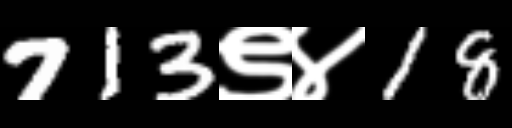
Text: 713९४18